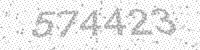
Solution: 574423